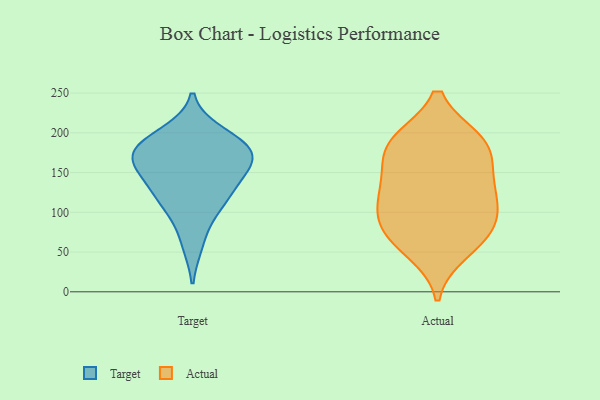
{"axis": {"x": "Operating Costs (USD K)", "y": "Value"}, "legend": ["Actual", "Target"], "data": [{"x": "", "y": 169, "type": "Target"}, {"x": "", "y": 170, "type": "Target"}, {"x": "", "y": 102, "type": "Target"}, {"x": "", "y": 117, "type": "Target"}, {"x": "", "y": 120, "type": "Target"}, {"x": "", "y": 149, "type": "Target"}, {"x": "", "y": 160, "type": "Target"}, {"x": "", "y": 142, "type": "Target"}, {"x": "", "y": 186, "type": "Target"}, {"x": "", "y": 61, "type": "Target"}, {"x": "", "y": 181, "type": "Target"}, {"x": "", "y": 199, "type": "Target"}, {"x": "", "y": 184, "type": "Target"}, {"x": "", "y": 190, "type": "Actual"}, {"x": "", "y": 122, "type": "Actual"}, {"x": "", "y": 189, "type": "Actual"}, {"x": "", "y": 183, "type": "Actual"}, {"x": "", "y": 51, "type": "Actual"}, {"x": "", "y": 81, "type": "Actual"}, {"x": "", "y": 124, "type": "Actual"}, {"x": "", "y": 152, "type": "Actual"}, {"x": "", "y": 105, "type": "Actual"}, {"x": "", "y": 74, "type": "Actual"}, {"x": "", "y": 148, "type": "Actual"}, {"x": "", "y": 65, "type": "Actual"}, {"x": "", "y": 190, "type": "Actual"}, {"x": "", "y": 99, "type": "Actual"}]}